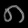
Digit: ၈